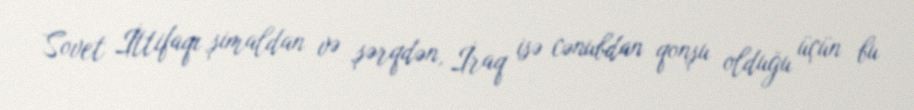
Sovet İttifaqı şimaldan və şərqdən, İraq isə cənubdan qonşu olduğu üçün bu